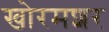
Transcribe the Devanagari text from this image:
खोरमशर